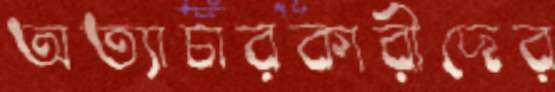
অত্যাচারকারীদের